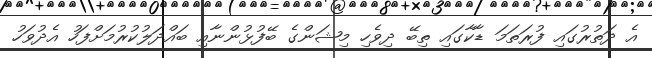
އެ ދަތުރުގައި ފުރަތަމަ ޑާކާގައި ތިބޭ ދިވެހި މިޝަންގެ ބޭފުޅުންނާއި ބައްދަލުކުރުމަށްފަހު އެދުވަހު